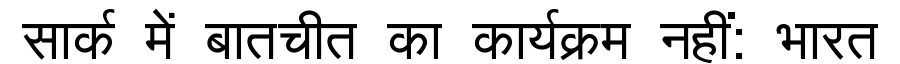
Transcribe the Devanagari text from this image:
सार्क में बातचीत का कार्यक्रम नहीं: भारत